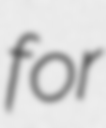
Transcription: for